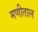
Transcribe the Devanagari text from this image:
मणीताल